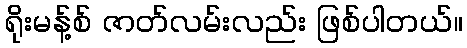
ရိုးမန့်စ် ဇာတ်လမ်းလည်း ဖြစ်ပါတယ်။